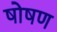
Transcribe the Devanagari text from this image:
षोषण